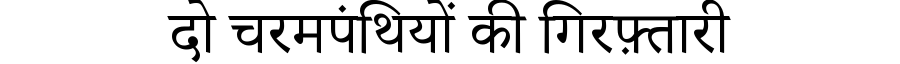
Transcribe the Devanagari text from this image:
दो चरमपंथियों की गिरफ़्तारी